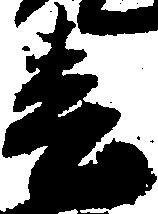
春